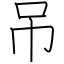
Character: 吊